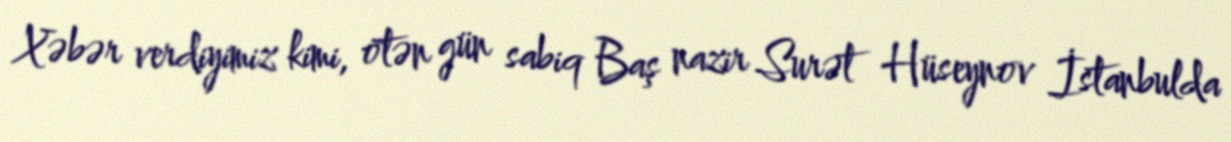
Xəbər verdiyimiz kimi, ötən gün sabiq Baş nazir Surət Hüseynov İstanbulda